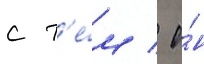
с т'е́м / о́н